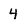
Character: 4